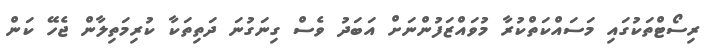
ރިސޯޓްތަކުގައި މަސައްކަތްކުރާ މުވައްޒަފުންނަށް އަބަދު ވެސް ގިނަގުނަ ދަތިތަކާ ކުރިމަތިލާން ޖެހޭ ކަން